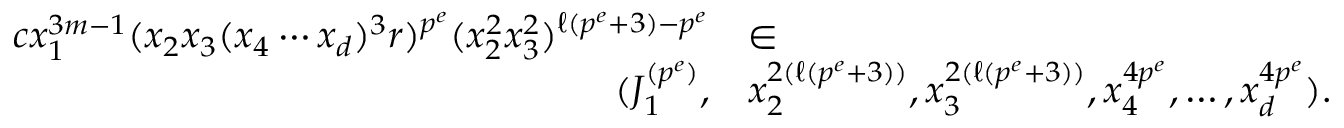
\begin{array} { r l } { c x _ { 1 } ^ { 3 m - 1 } ( x _ { 2 } x _ { 3 } ( x _ { 4 } \cdots x _ { d } ) ^ { 3 } r ) ^ { p ^ { e } } ( x _ { 2 } ^ { 2 } x _ { 3 } ^ { 2 } ) ^ { \ell ( p ^ { e } + 3 ) - p ^ { e } } } & { \in } \\ { ( J _ { 1 } ^ { ( p ^ { e } ) } , } & { x _ { 2 } ^ { 2 ( \ell ( p ^ { e } + 3 ) ) } , x _ { 3 } ^ { 2 ( \ell ( p ^ { e } + 3 ) ) } , x _ { 4 } ^ { 4 p ^ { e } } , \ldots , x _ { d } ^ { 4 p ^ { e } } ) . } \end{array}